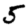
Digit: 5